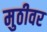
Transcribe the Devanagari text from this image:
मुठीवर